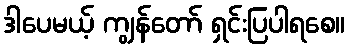
ဒါပေမယ့် ကျွန်တော် ရှင်းပြပါရစေ။